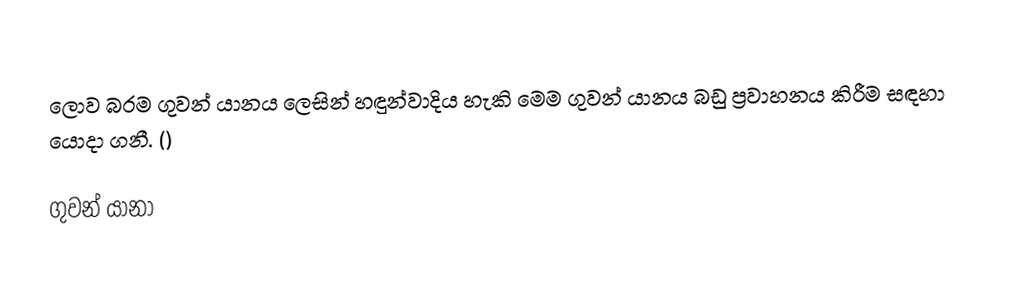
ලොව බරම ගුවන් යානය ලෙසින් හඳුන්වාදිය හැකි මෙම ගුවන් යානය බඩු ප්‍රවාහනය කිරීම සඳහා යොදා ගනී. ()

ගුවන් යානා